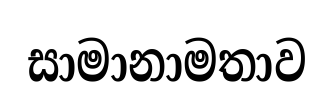
සාමානාමතාව